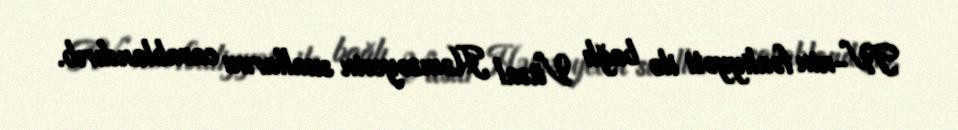
TV-nin fəaliyyəti ilə bağlı Vüsal Həmzəyevin suallarını cavablandırıb.